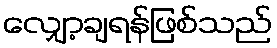
လျှော့ချရန်ဖြစ်သည်